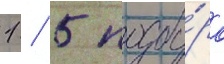
1 / 5 подбо́ра